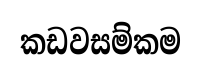
කඩවසම්කම